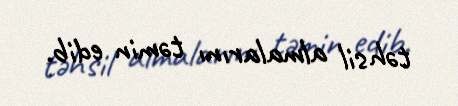
təhsil almalarını təmin edib.